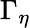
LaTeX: \Gamma_{\eta}